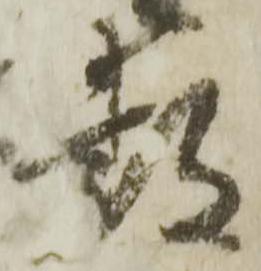
敷